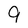
Character: 9